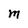
Character: M